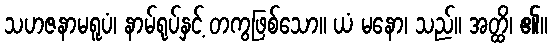
သဟဇနာမရူပံ၊ နာမ်ရုပ်နှင့် တကွဖြစ်သော။ ယံ မနော၊ သည်။ အတ္ထိ၊ ၏။